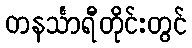
တနင်္သာရီတိုင်းတွင်